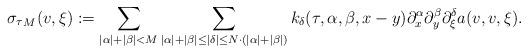
LaTeX: \begin{align*}{\sigma_{\tau}}_M(v, \xi) := \sum_{|\alpha| + |\beta| < M} \sum_{|\alpha|+|\beta|\le|\delta | \le N\cdot(|\alpha| + |\beta|)}k_\delta(\tau, \alpha, \beta,x-y) \partial_x^\alpha \partial_y^\beta \partial_\xi^\delta a(v, v, \xi). \end{align*}